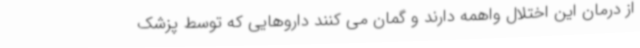
از درمان این اختلال واهمه دارند و گمان می کنند داروهایی که توسط پزشک